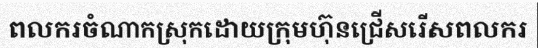
ពលករចំណាកស្រុកដោយក្រុមហ៊ុនជ្រើសរើសពលករ